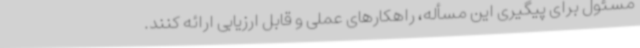
مسئول برای پیگیری این مسأله، راهکارهای عملی و قابل ارزیابی ارائه کنند.